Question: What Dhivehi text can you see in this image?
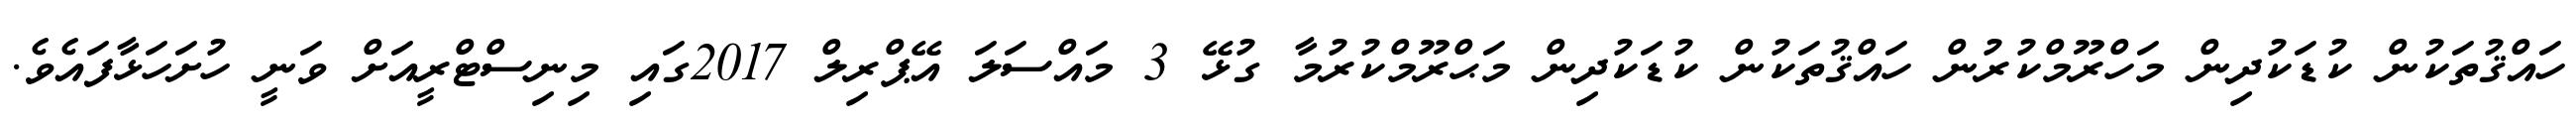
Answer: ހައްޤުތަކުން ކުޑަކުދިން މަހްރޫމްކުރުން ހައްޤުތަކުން ކުޑަކުދިން މަޙްރޫމްކުރުމާ ގުޅޭ 3 މައްސަލަ އޭޕްރިލް 2017ގައި މިނިސްޓްރީއަށް ވަނީ ހުށަހަޅާފައެވެ.